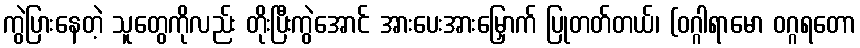
ကွဲပြားနေတဲ့ သူတွေကိုလည်း တိုးပြီးကွဲအောင် အားပေးအားမြှောက် ပြုတတ်တယ်၊ (ဝဂ္ဂါရာမော ဝဂ္ဂရတော